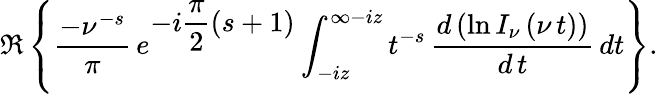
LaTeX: \Re\left\{ \frac{-\nu^{-s}}{\pi}\, e^{\displaystyle{-i\frac{\pi}{2}(s+1)}}\int_{-iz}^{\infty-iz}t^{-s}\, \displaystyle{\frac{d\left(\ln{I_{\nu}\left(\nu\, t\right)}\right)}{d\, t}}\, dt\right\} .